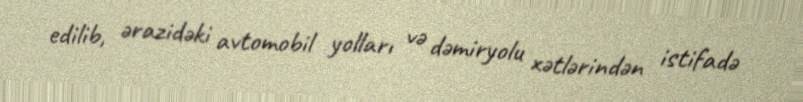
edilib, ərazidəki avtomobil yolları və dəmiryolu xətlərindən istifadə